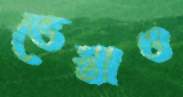
ভেস্তাও